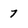
Character: 7